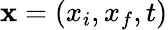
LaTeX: \mathbf{x}=(x_{i},x_{f},t)